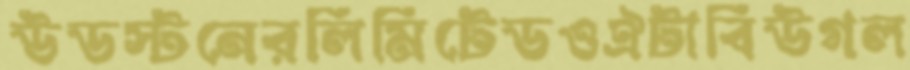
উডস্টনেরলিমিটেডওঐটাবিউগল